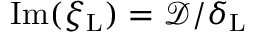
\mathrm { I m } ( { \xi _ { \mathrm { L } } } ) = \mathcal { D } / \delta _ { \mathrm { L } }